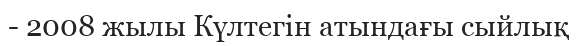
- 2008 жылы Күлтегін атындағы сыйлық